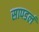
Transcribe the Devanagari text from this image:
सापडलं